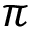
\pi